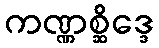
ကဏ္ဏစ္ဆိဒ္ဒေ